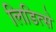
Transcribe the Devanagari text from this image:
लिडित्से